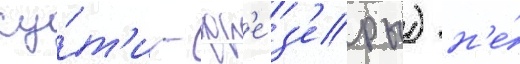
су́т'и - фр'е́з'еры) н'е́